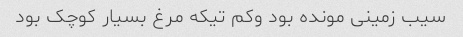
سیب زمینی مونده بود وکم تیکه مرغ بسیار کوچک بود